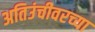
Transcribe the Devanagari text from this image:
अतिउंचीवरच्या